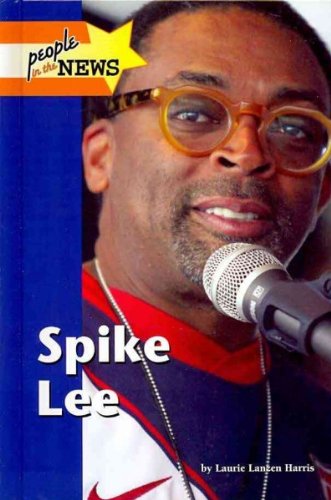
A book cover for Spike Lee (People in the News); Laurie Lanzen Harris; Teen & Young Adult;